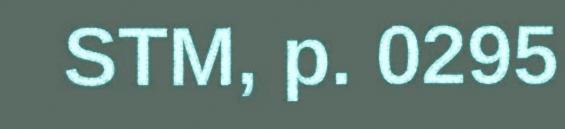
STM, p. 0295